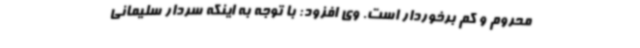
محروم و کم برخوردار است. وی افزود: با توجه به اینکه سردار سلیمانی